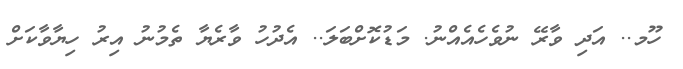
ހޫމ.. އަދި ވާރޭ ނުވެހެއެއްނު. މަޑުކޮށްބަލަ.. އެދުހު ވާރެޔާ ތެމުނު އިރު ހިޔާވާކަށް